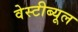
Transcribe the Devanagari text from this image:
वेस्टीब्यूल